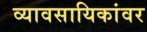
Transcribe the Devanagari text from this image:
व्यावसायिकांवर